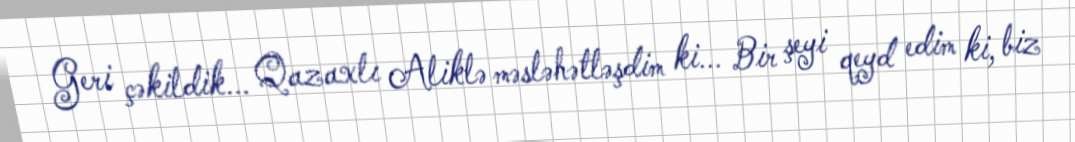
Geri çəkildik... Qazaxlı Aliklə məsləhətləşdim ki... Bir şeyi qeyd edim ki, biz